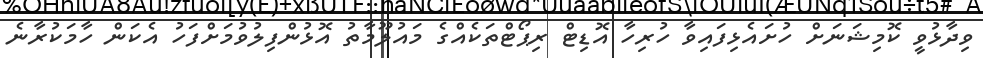
ވިދާޅުވީ ކޮމިޝަނަށް ހުށައެޅިފައިވާ ހުރިހާ އޮޑިޓް ރިޕޯޓްތަކެއްގެ މައުލޫމާތު އޮޅުންފިލުވުމަށްފަހު އެކަން ހާމަކުރާނެ